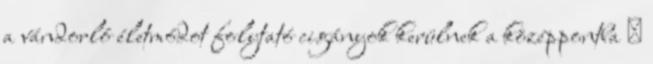
a vándorló életmódot folytató cigányok kerülnek a középpontba 